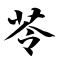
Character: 苓